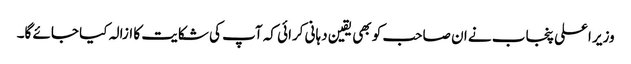
وزیر اعلی پنجاب نے ان صاحب کو بھی یقین دہانی کرائی کہ آپ کی شکایت کا ازالہ کیا جائے گا۔